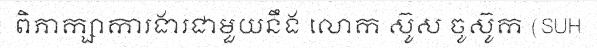
ពិភាក្សាការងារជាមួយនឹង លោក ស៊ូស ចូស៊ូក (SUH